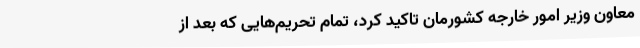
معاون وزیر امور خارجه کشورمان تاکید کرد، تمام تحریم‌هایی که بعد از